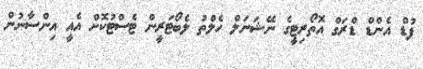
ފުޑް އެންޑް ޑްރަގް އޮތޯރިޓީގެ ނޭޝަނަލް ހެލްތު ލެބޯޓަރީން ޓެސްޓުކޮށް އެއީ އިންސާނުން